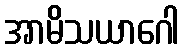
အာမိသယာဂေါ